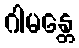
ဂါမန္တေ